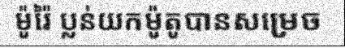
ម៉ូរ៉ៃ ប្លន់យកម៉ូតូបានសម្រេច